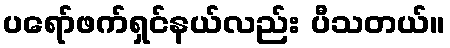
ပရော်ဖက်ရှင်နယ်လည်း ပီသတယ်။